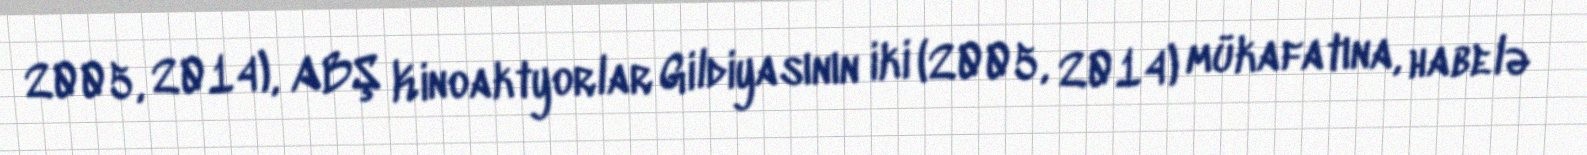
2005, 2014), ABŞ Kinoaktyorlar Gildiyasının iki (2005, 2014) mükafatına, habelə